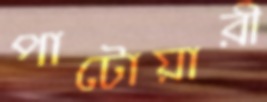
পাটোয়ারী